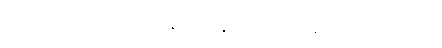
အရပ်၌။ ကုဒြူ သကာဒိဘောဇနံ၊ လူးအစရှိသော ဘောဇဉ်ကို။ လဘိတွာ၊ ရ၍။